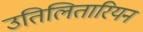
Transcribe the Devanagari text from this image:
उतिलितारियन